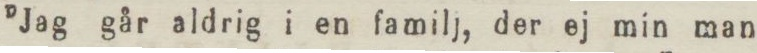
”Jag går aldrig i en familj, der ej min man